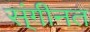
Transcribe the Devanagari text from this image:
स्ंगीनत